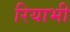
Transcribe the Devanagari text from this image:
रियाभी